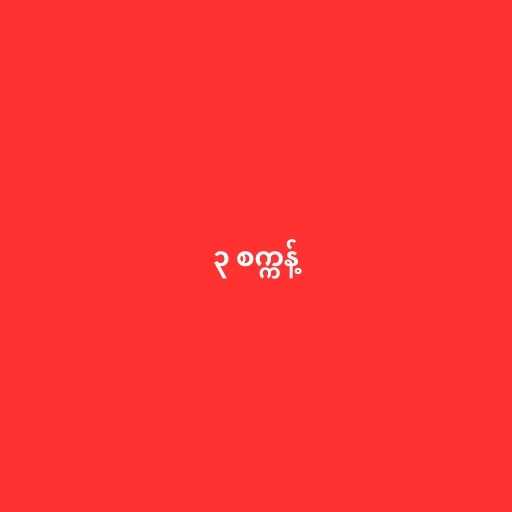
၃ စက္ကန့်